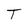
Character: T